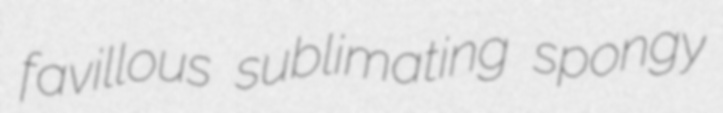
favillous sublimating spongy